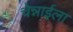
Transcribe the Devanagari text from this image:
चेन्नाईला